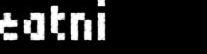
eatni